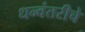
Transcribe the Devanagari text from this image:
धन्वंतरीचे